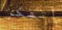
أتفكر